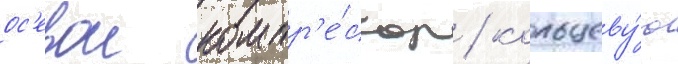
ос'евои компр'е́ссор / кольцеву́ю